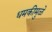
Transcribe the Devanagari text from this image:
धमकीमुळे